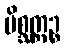
မိစ္ဆတ္တဉ္စ